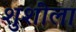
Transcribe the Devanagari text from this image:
शुशीला